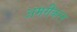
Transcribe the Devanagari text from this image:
अमरीकरन